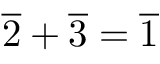
{ \overline { { 2 } } } + { \overline { { 3 } } } = { \overline { { 1 } } }